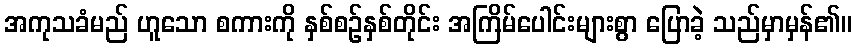
အကုသခံမည် ဟူသော စကားကို နှစ်စဉ်နှစ်တိုင်း အကြိမ်ပေါင်းများစွာ ပြောခဲ့ သည်မှာမှန်၏။